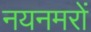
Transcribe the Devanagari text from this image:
नयनमरों